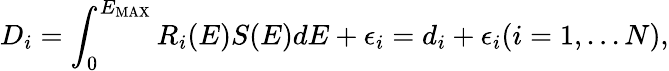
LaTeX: D_{i}=\int_{0}^{E_{\mathrm{MAX}}}R_{i}(E)S(E)dE+\epsilon_{i}=d_{i}+\epsilon_{i}(i=1,...N),